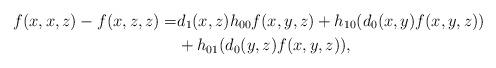
LaTeX: \begin{align*}f(x,x,z)-f(x,z,z)=&d_1(x,z) h_{00} f(x,y,z) + h_{10}(d_0(x,y)f(x,y,z))\\ &+ h_{01}(d_0(y,z)f(x,y,z)),\end{align*}